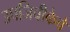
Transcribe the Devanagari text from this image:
उपजिवीकेचे